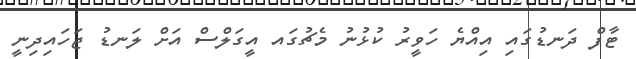
ޓާފް ދަނޑުގައި އިއްޔެ ހަވީރު ކުޅުނު މެޗުގައ އީގަލްސް އަށް ލަނޑު ޖަހައިދިނީ